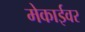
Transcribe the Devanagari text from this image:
मेकाईवर